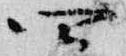
四